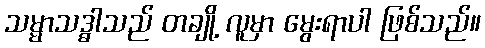
သမ္မာသဒ္ဓါသည် တချို့ လူမှာ မွေးရာပါ ဖြစ်သည်။